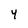
Character: 4